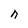
Character: n